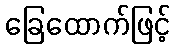
ခြေထောက်ဖြင့်